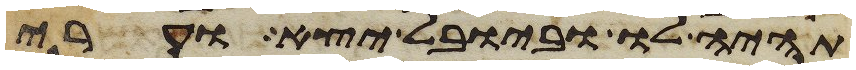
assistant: תהיה לו וביובל יצא וערי